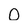
Character: 0